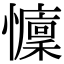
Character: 𢤭